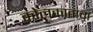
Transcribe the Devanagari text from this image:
कोलकाताचा